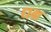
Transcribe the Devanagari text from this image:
धम्र